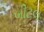
બીટલ